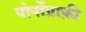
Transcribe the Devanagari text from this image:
पोर्नोग्राफ़ी